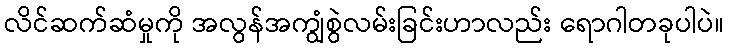
လိင်ဆက်ဆံမှုကို အလွန်အကျွံစွဲလမ်းခြင်းဟာလည်း ရောဂါတခုပါပဲ။